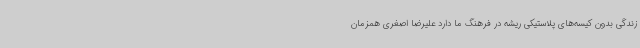
زندگی بدون کیسه‌های پلاستیکی ریشه در فرهنگ ما دارد علیرضا اصغری همزمان